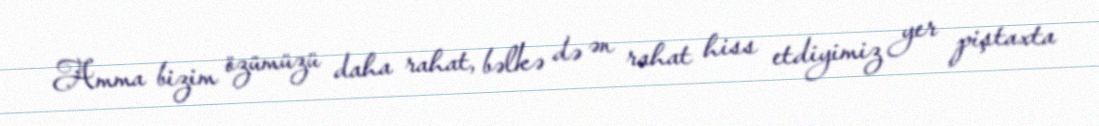
Amma bizim özümüzü daha rahat, bəlkə də ən rahat hiss etdiyimiz yer piştaxta